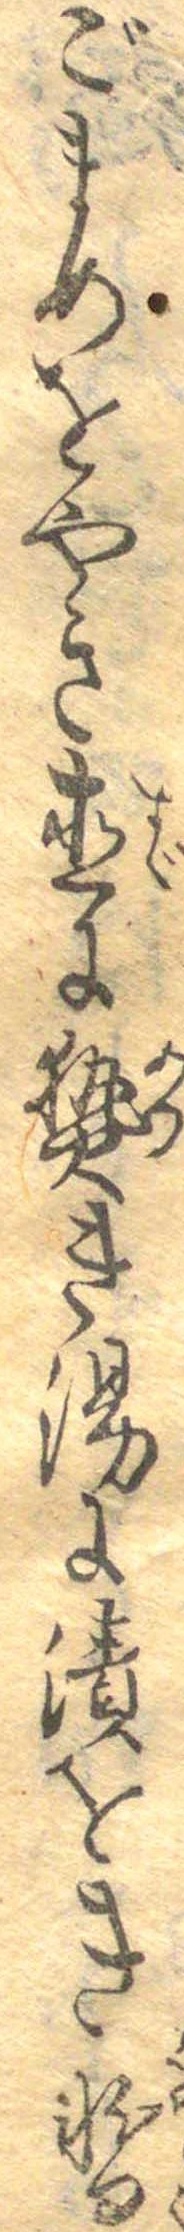
ごまめをやき直に熱き湯に漬をき暫